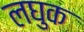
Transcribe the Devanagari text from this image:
लघुक